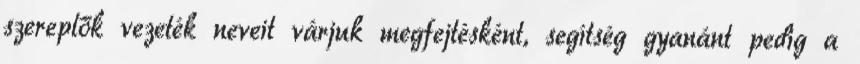
szereplők vezeték neveit várjuk megfejtésként, segítség gyanánt pedig a